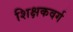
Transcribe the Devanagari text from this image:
शिक्षकवर्ग